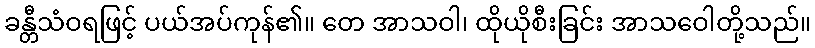
ခန္တီသံဝရဖြင့် ပယ်အပ်ကုန်၏။ တေ အာသဝါ၊ ထိုယိုစီးခြင်း အာသဝေါတို့သည်။